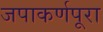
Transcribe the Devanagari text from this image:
जपाकर्णपूरा